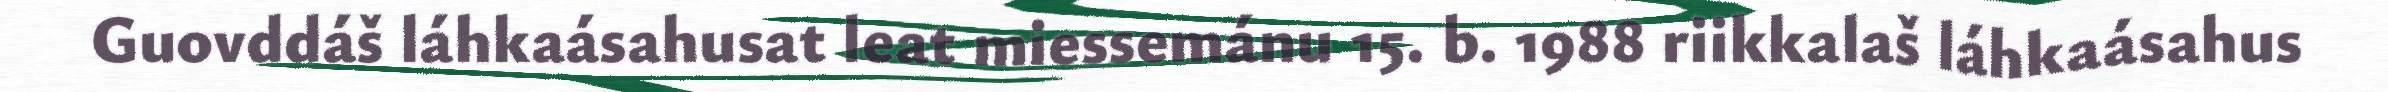
Guovddáš láhkaásahusat leat miessemánu 15. b. 1988 riikkalaš láhkaásahus